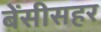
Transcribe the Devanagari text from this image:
बेंसीसहर